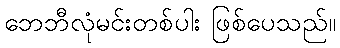
ဘေဘီလုံမင်းတစ်ပါး ဖြစ်ပေသည်။